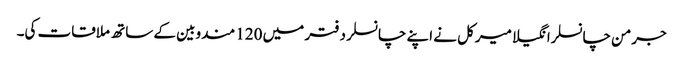
جرمن چانسلرانگیلا میرکل نے اپنے چانسلر دفتر میں 120 مندوبین کے ساتھ ملاقات کی۔